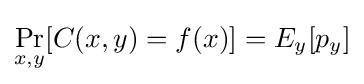
\Pr _{x,y}[C(x,y)=f(x)]=E_{y}[p_{y}]